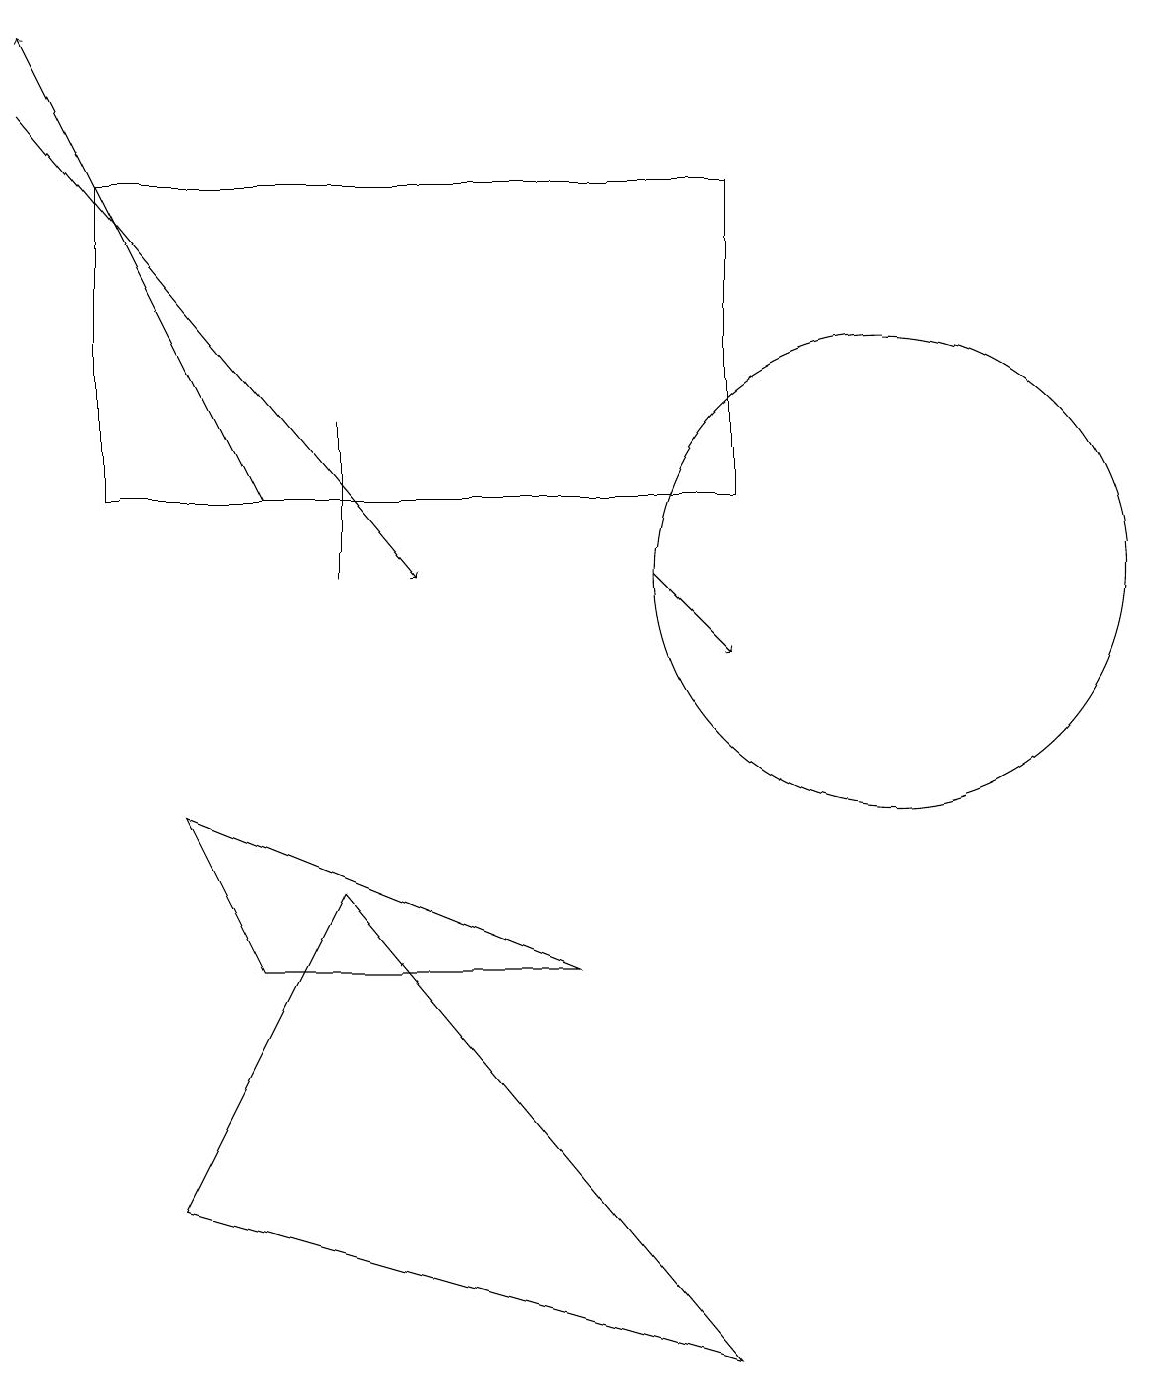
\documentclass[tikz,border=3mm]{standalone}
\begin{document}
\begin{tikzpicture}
\draw[->] (8,11) -- (9,10);
\draw (2,3) -- (4,7) -- (9,1) -- cycle;
\draw[->] (3,12) -- (0,18);
\draw (1,12) rectangle (9,16);
\draw (11,11) circle (3);
\draw[->] (0,17) -- (5,11);
\draw (3,6) -- (7,6) -- (2,8) -- cycle;
\draw (4,11) rectangle (4,13);
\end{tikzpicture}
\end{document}